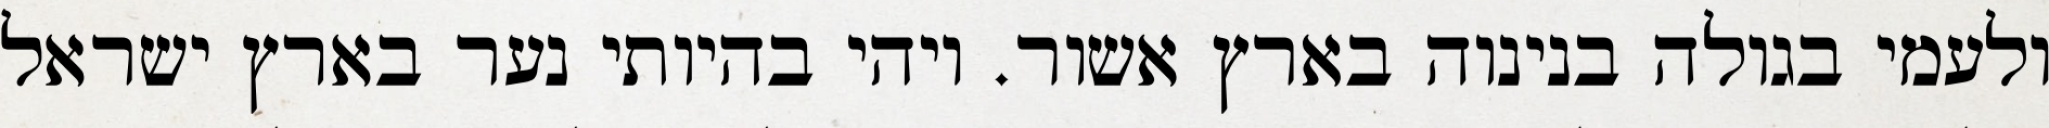
ולעמי בגולה בנינוה בארץ אשור. ויהי בהיותי נער בארץ ישראל